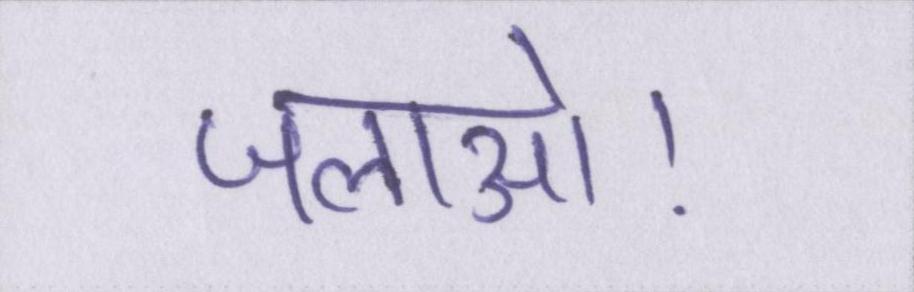
जलाओ।